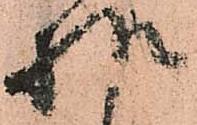
様